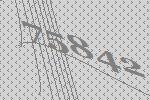
75842